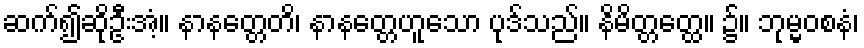
ဆက်၍ဆိုဦးအံ့။ နာနတ္တေတိ၊ နာနတ္တေဟူသော ပုဒ်သည်။ နိမိတ္တတ္ထေ။ ၌။ ဘုမ္မဝစနံ၊